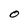
Character: 0